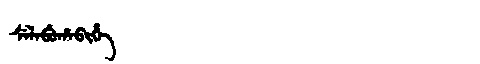
Manchu: ᠰᡝᠯᠠᠪᡠᡥᠠᠪᡳᡥᡝ
Romanization: SELABUHABIHE